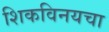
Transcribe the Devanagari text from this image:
शिकविनयचा